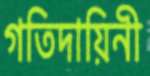
গতিদায়িনী